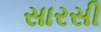
સારસી